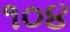
૧૦૪